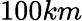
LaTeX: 100km